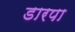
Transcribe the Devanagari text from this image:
डारपा